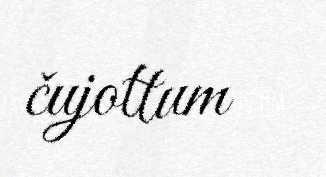
čujottum